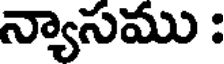
న్యాసము :